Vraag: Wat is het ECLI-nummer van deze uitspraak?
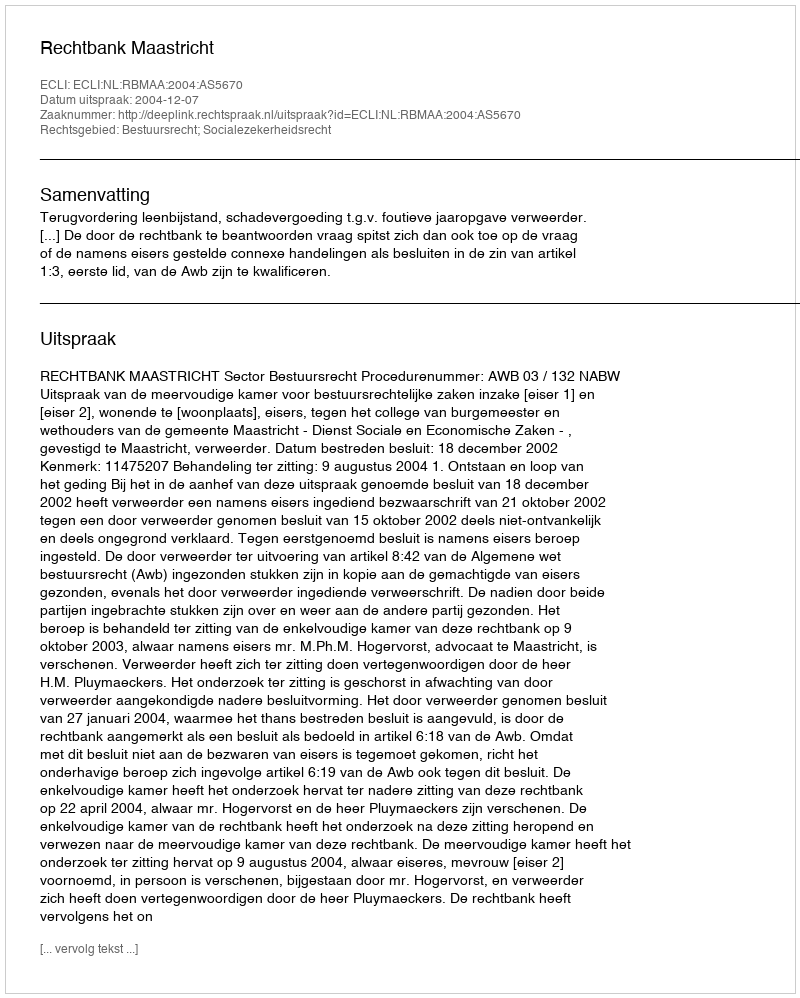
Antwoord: ECLI:NL:RBMAA:2004:AS5670